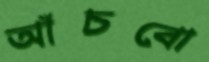
আঁচবো